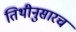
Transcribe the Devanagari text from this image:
तिथीनुसारच